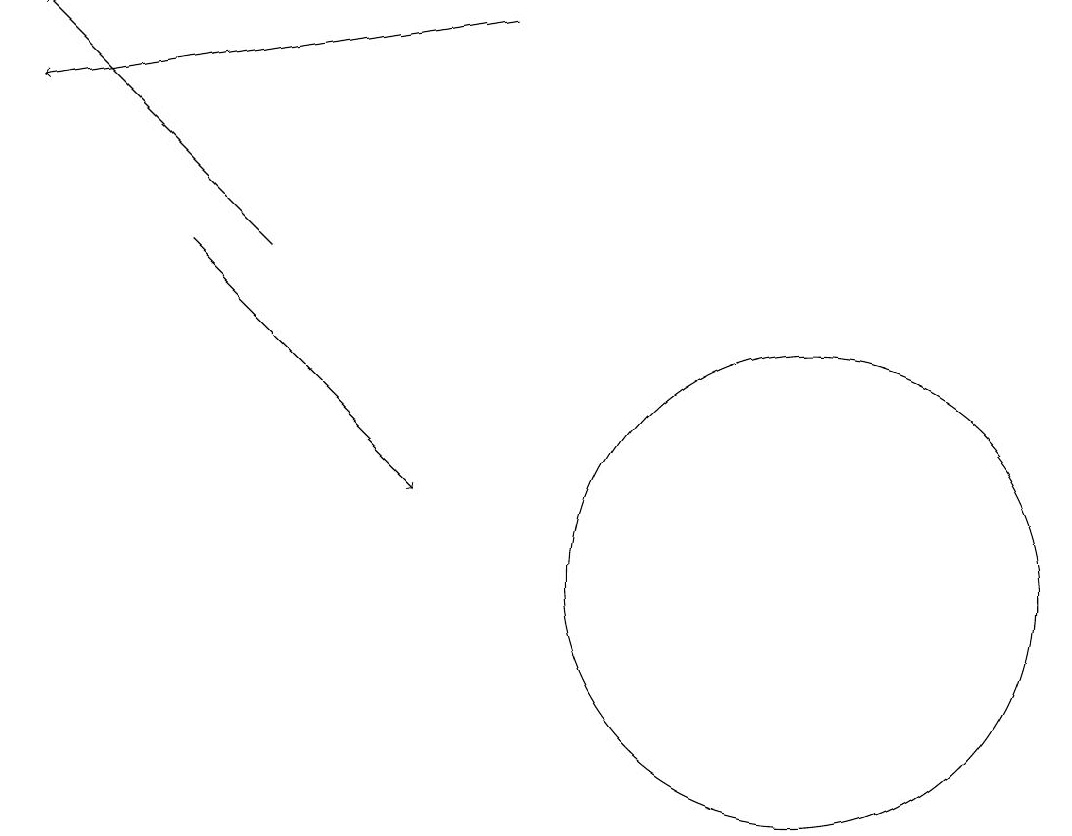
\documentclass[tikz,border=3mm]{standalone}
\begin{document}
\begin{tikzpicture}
\draw[->] (3,16) -- (0,19);
\draw[->] (2,16) -- (5,13);
\draw[->] (6,19) -- (0,18);
\draw (10,12) circle (3);
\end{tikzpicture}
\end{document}